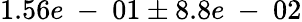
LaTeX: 1.56e\mathrm{~-~}01\pm 8.8e\mathrm{~-~}02